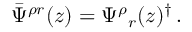
\bar { \Psi } ^ { \rho r } ( z ) = \Psi ^ { \rho } { } _ { r } ( z ) ^ { \dagger } \, .